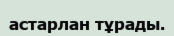
астарлан тұрады.